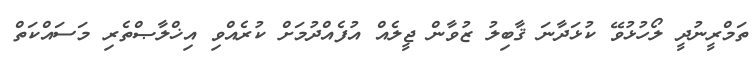
ތަމްރީނުދީ ލޯހުޅުވޭ ކުޅަދާނަ ޤާބިލު ޒުވާން ޖީލެއް އުފެއްދުމަށް ކުރެއްވި އިޚްލާޞްތެރި މަސައްކަތް